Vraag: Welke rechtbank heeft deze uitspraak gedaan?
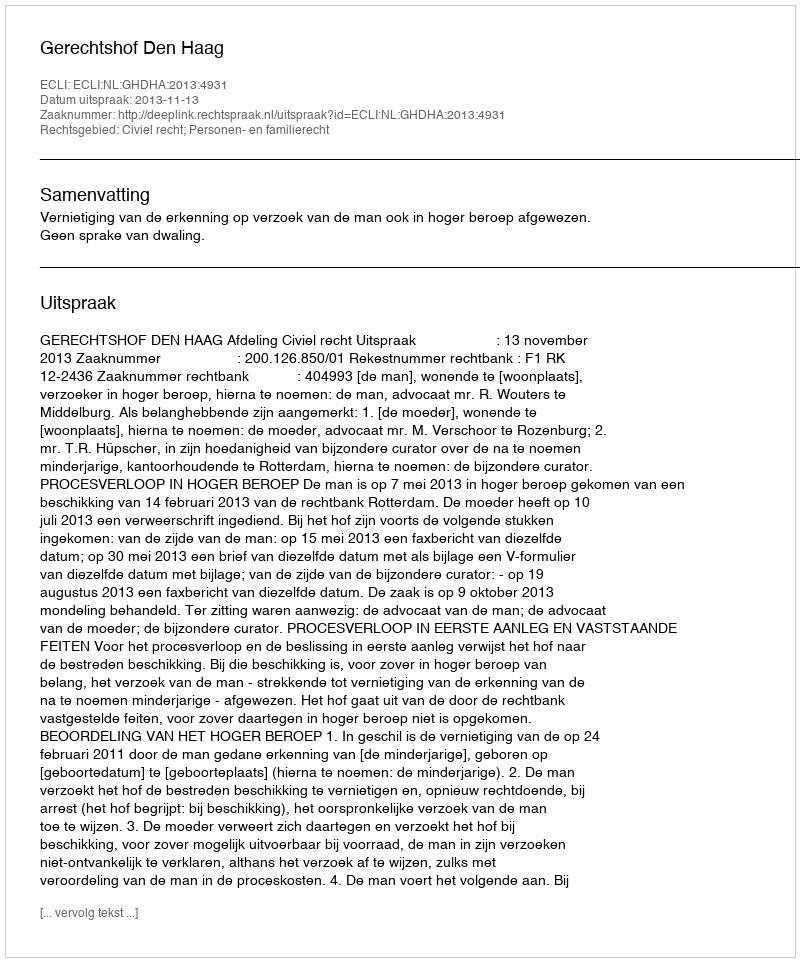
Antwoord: Gerechtshof Den Haag